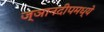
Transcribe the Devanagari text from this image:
ज्ञानदीपमध्ये